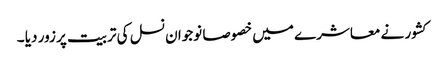
کشور نے معاشرے میں خصوصا نوجوان نسل کی تربیت پر زور دیا ۔